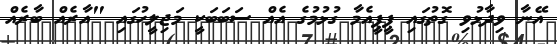
އޭނާ ވިދާޅުވި ގޮތުގައި ޕީޕީއެމާ ގުޅުމުގެ އެއް ސަބަބަކީ މަޖިލީހުގައި "އާރެއް ބާރެއް